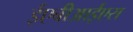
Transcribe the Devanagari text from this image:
ईएबीआईएस